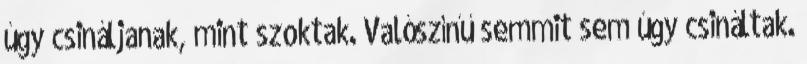
úgy csináljanak, mint szoktak. Valószínű semmit sem úgy csináltak.